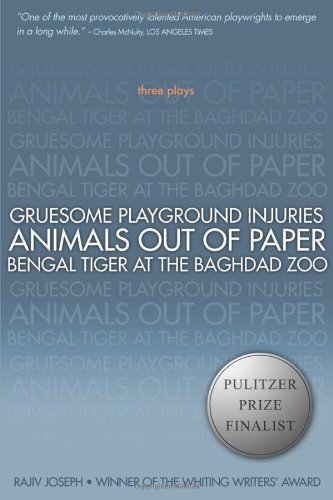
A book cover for Gruesome Playground Injuries; Animals Out of Paper; Bengal Tiger at the Baghdad Zoo: Three Plays; Rajiv Joseph; Literature & Fiction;